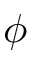
\phi